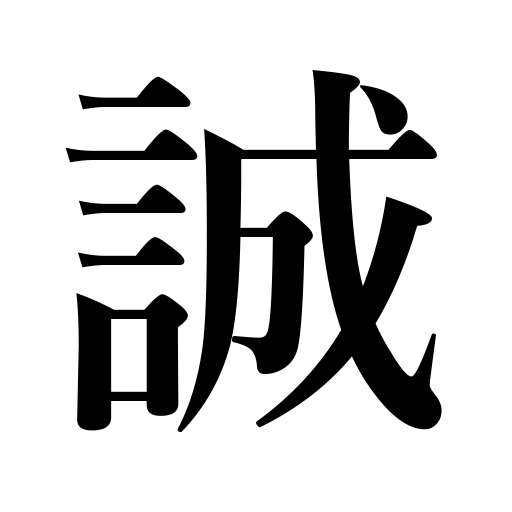
Meanings: sincerity,warn,fidelity,honesty,truth,admonish,prohibit